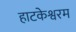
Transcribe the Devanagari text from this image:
हाटकेश्वरम